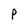
Character: P